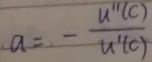
$a = -\frac{u''(c)}{u'(c)}$